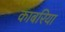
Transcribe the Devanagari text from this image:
काबरिया